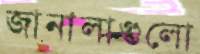
জানালাগুলো